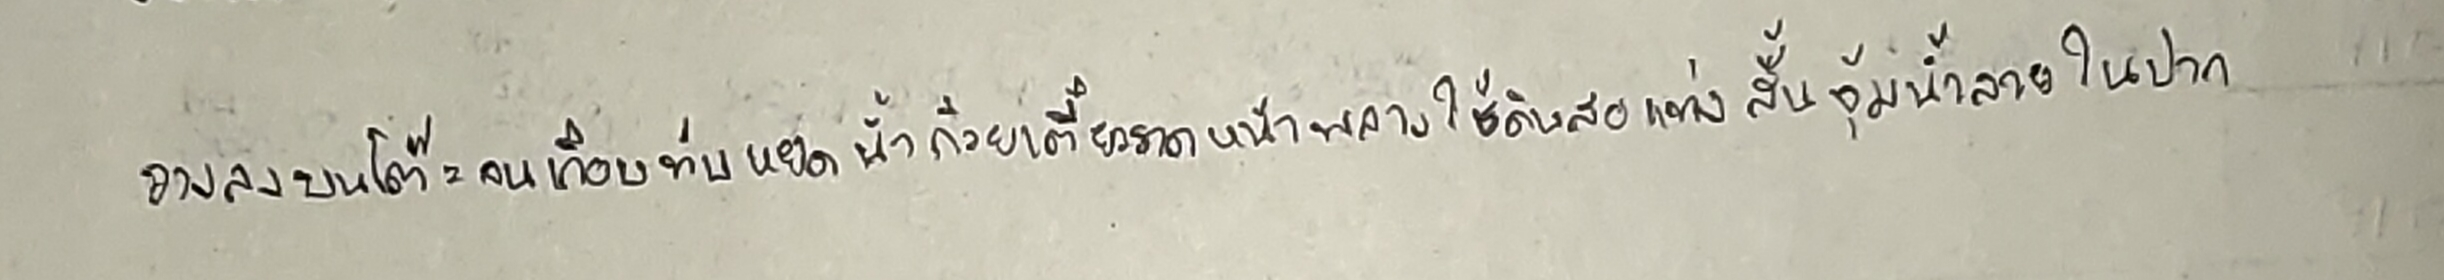
วางลงบนโต๊ะจนเกือบทับหยดน้ำก๋วยเตี๋ยวราดหน้าพลางใช้ดินสอแท่งสั้นจุ้มน้ำลายในปาก